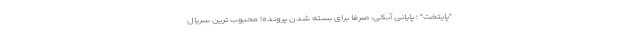
"پایتخت" ؛ پایانی آبکی، صرفاً برای بسته شدن پرونده! محبوب ترین سریال